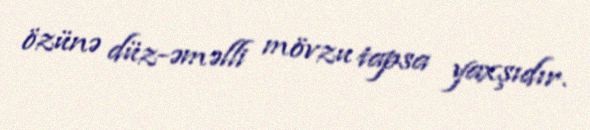
özünə düz-əməlli mövzu tapsa yaxşıdır.